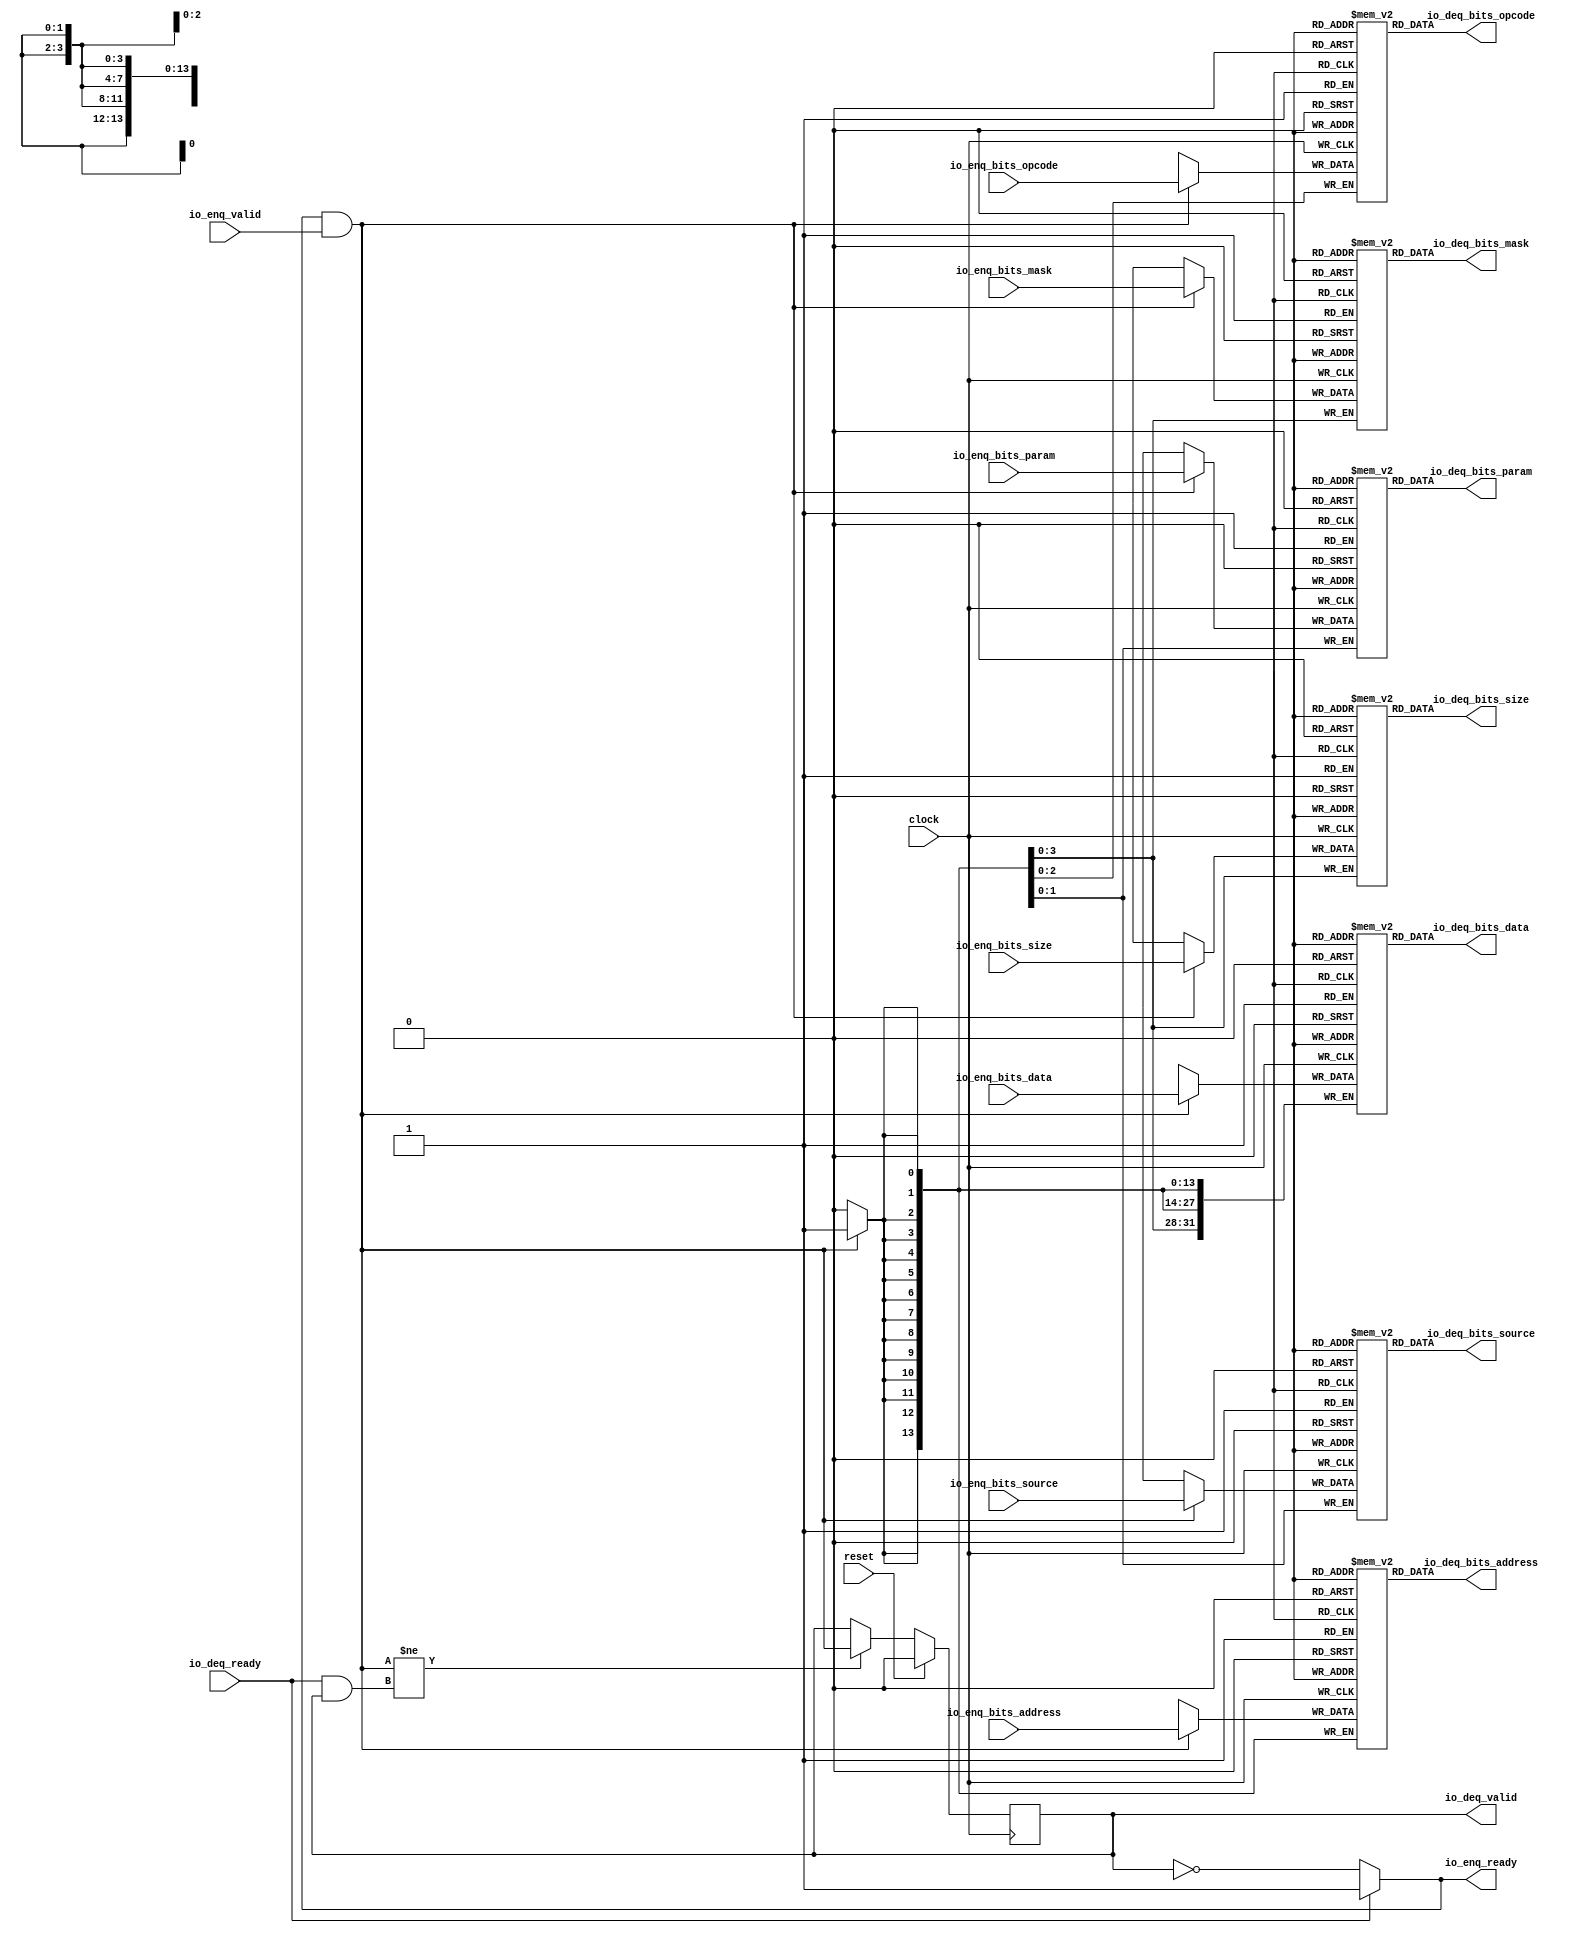
// Copyright (c) 2017, Microsemi Corporation
// All rights reserved.
//
// Redistribution and use in source and binary forms, with or without
// modification, are permitted provided that the following conditions are met:
//     * Redistributions of source code must retain the above copyright
//       notice, this list of conditions and the following disclaimer.
//     * Redistributions in binary form must reproduce the above copyright
//       notice, this list of conditions and the following disclaimer in the
//       documentation and/or other materials provided with the distribution.
//     * Neither the name of the <organization> nor the
//       names of its contributors may be used to endorse or promote products
//       derived from this software without specific prior written permission.
//
// THIS SOFTWARE IS PROVIDED BY THE COPYRIGHT HOLDERS AND CONTRIBUTORS "AS IS" AND
// ANY EXPRESS OR IMPLIED WARRANTIES, INCLUDING, BUT NOT LIMITED TO, THE IMPLIED
// WARRANTIES OF MERCHANTABILITY AND FITNESS FOR A PARTICULAR PURPOSE ARE
// DISCLAIMED. IN NO EVENT SHALL MICROSEMI CORPORATIONM BE LIABLE FOR ANY
// DIRECT, INDIRECT, INCIDENTAL, SPECIAL, EXEMPLARY, OR CONSEQUENTIAL DAMAGES
// (INCLUDING, BUT NOT LIMITED TO, PROCUREMENT OF SUBSTITUTE GOODS OR SERVICES;
// LOSS OF USE, DATA, OR PROFITS; OR BUSINESS INTERRUPTION) HOWEVER CAUSED AND
// ON ANY THEORY OF LIABILITY, WHETHER IN CONTRACT, STRICT LIABILITY, OR TORT
// (INCLUDING NEGLIGENCE OR OTHERWISE) ARISING IN ANY WAY OUT OF THE USE OF THIS
// SOFTWARE, EVEN IF ADVISED OF THE POSSIBILITY OF SUCH DAMAGE.
//
// APACHE LICENSE
// Copyright (c) 2017, Microsemi Corporation 
//
// Licensed under the Apache License, Version 2.0 (the "License");
// you may not use this file except in compliance with the License.
// You may obtain a copy of the License at
//
//    http://www.apache.org/licenses/LICENSE-2.0
//
// Unless required by applicable law or agreed to in writing, software
// distributed under the License is distributed on an "AS IS" BASIS,
// WITHOUT WARRANTIES OR CONDITIONS OF ANY KIND, either express or implied.
// See the License for the specific language governing permissions and
// limitations under the License.
//
// Description:
//
// SVN Revision Information:
// SVN $Revision: $
// SVN $Date: $
//
// Resolved SARs
// SAR      Date     Who   Description
//
// Notes:
//
// ****************************************************************************/
`define RANDOMIZE
`timescale 1ns/10ps
module MIV_RV32IMA_MIV_RV32IMA_0_MIV_RV32IMA_L1_AHB_QUEUE_25(
  input         clock,
  input         reset,
  output        io_enq_ready,
  input         io_enq_valid,
  input  [2:0]  io_enq_bits_opcode,
  input  [1:0]  io_enq_bits_param,
  input  [3:0]  io_enq_bits_size,
  input  [1:0]  io_enq_bits_source,
  input  [13:0] io_enq_bits_address,
  input  [3:0]  io_enq_bits_mask,
  input  [31:0] io_enq_bits_data,
  input         io_deq_ready,
  output        io_deq_valid,
  output [2:0]  io_deq_bits_opcode,
  output [1:0]  io_deq_bits_param,
  output [3:0]  io_deq_bits_size,
  output [1:0]  io_deq_bits_source,
  output [13:0] io_deq_bits_address,
  output [3:0]  io_deq_bits_mask,
  output [31:0] io_deq_bits_data
);
  reg [2:0] ram_opcode [0:0] /* synthesis syn_ramstyle = "registers" */;
  reg [31:0] _RAND_0;
  wire [2:0] ram_opcode__T_35_data;
  wire  ram_opcode__T_35_addr;
  wire [2:0] ram_opcode__T_26_data;
  wire  ram_opcode__T_26_addr;
  wire  ram_opcode__T_26_mask;
  wire  ram_opcode__T_26_en;
  reg [1:0] ram_param [0:0] /* synthesis syn_ramstyle = "registers" */;
  reg [31:0] _RAND_1;
  wire [1:0] ram_param__T_35_data;
  wire  ram_param__T_35_addr;
  wire [1:0] ram_param__T_26_data;
  wire  ram_param__T_26_addr;
  wire  ram_param__T_26_mask;
  wire  ram_param__T_26_en;
  reg [3:0] ram_size [0:0] /* synthesis syn_ramstyle = "registers" */;
  reg [31:0] _RAND_2;
  wire [3:0] ram_size__T_35_data;
  wire  ram_size__T_35_addr;
  wire [3:0] ram_size__T_26_data;
  wire  ram_size__T_26_addr;
  wire  ram_size__T_26_mask;
  wire  ram_size__T_26_en;
  reg [1:0] ram_source [0:0] /* synthesis syn_ramstyle = "registers" */;
  reg [31:0] _RAND_3;
  wire [1:0] ram_source__T_35_data;
  wire  ram_source__T_35_addr;
  wire [1:0] ram_source__T_26_data;
  wire  ram_source__T_26_addr;
  wire  ram_source__T_26_mask;
  wire  ram_source__T_26_en;
  reg [13:0] ram_address [0:0] /* synthesis syn_ramstyle = "registers" */;
  reg [31:0] _RAND_4;
  wire [13:0] ram_address__T_35_data;
  wire  ram_address__T_35_addr;
  wire [13:0] ram_address__T_26_data;
  wire  ram_address__T_26_addr;
  wire  ram_address__T_26_mask;
  wire  ram_address__T_26_en;
  reg [3:0] ram_mask [0:0] /* synthesis syn_ramstyle = "registers" */;
  reg [31:0] _RAND_5;
  wire [3:0] ram_mask__T_35_data;
  wire  ram_mask__T_35_addr;
  wire [3:0] ram_mask__T_26_data;
  wire  ram_mask__T_26_addr;
  wire  ram_mask__T_26_mask;
  wire  ram_mask__T_26_en;
  reg [31:0] ram_data [0:0] /* synthesis syn_ramstyle = "registers" */;
  reg [31:0] _RAND_6;
  wire [31:0] ram_data__T_35_data;
  wire  ram_data__T_35_addr;
  wire [31:0] ram_data__T_26_data;
  wire  ram_data__T_26_addr;
  wire  ram_data__T_26_mask;
  wire  ram_data__T_26_en;
  reg  maybe_full;
  reg [31:0] _RAND_7;
  wire  _T_18;
  wire  _T_21;
  wire  _T_23;
  wire  _T_29;
  wire  _GEN_10;
  wire  _T_31;
  wire  _GEN_11;
  assign io_enq_ready = _GEN_11;
  assign io_deq_valid = _T_31;
  assign io_deq_bits_opcode = ram_opcode__T_35_data;
  assign io_deq_bits_param = ram_param__T_35_data;
  assign io_deq_bits_size = ram_size__T_35_data;
  assign io_deq_bits_source = ram_source__T_35_data;
  assign io_deq_bits_address = ram_address__T_35_data;
  assign io_deq_bits_mask = ram_mask__T_35_data;
  assign io_deq_bits_data = ram_data__T_35_data;
  assign ram_opcode__T_35_addr = 1'h0;
  assign ram_opcode__T_35_data = ram_opcode[ram_opcode__T_35_addr];
  assign ram_opcode__T_26_data = io_enq_bits_opcode;
  assign ram_opcode__T_26_addr = 1'h0;
  assign ram_opcode__T_26_mask = _T_21;
  assign ram_opcode__T_26_en = _T_21;
  assign ram_param__T_35_addr = 1'h0;
  assign ram_param__T_35_data = ram_param[ram_param__T_35_addr];
  assign ram_param__T_26_data = io_enq_bits_param;
  assign ram_param__T_26_addr = 1'h0;
  assign ram_param__T_26_mask = _T_21;
  assign ram_param__T_26_en = _T_21;
  assign ram_size__T_35_addr = 1'h0;
  assign ram_size__T_35_data = ram_size[ram_size__T_35_addr];
  assign ram_size__T_26_data = io_enq_bits_size;
  assign ram_size__T_26_addr = 1'h0;
  assign ram_size__T_26_mask = _T_21;
  assign ram_size__T_26_en = _T_21;
  assign ram_source__T_35_addr = 1'h0;
  assign ram_source__T_35_data = ram_source[ram_source__T_35_addr];
  assign ram_source__T_26_data = io_enq_bits_source;
  assign ram_source__T_26_addr = 1'h0;
  assign ram_source__T_26_mask = _T_21;
  assign ram_source__T_26_en = _T_21;
  assign ram_address__T_35_addr = 1'h0;
  assign ram_address__T_35_data = ram_address[ram_address__T_35_addr];
  assign ram_address__T_26_data = io_enq_bits_address;
  assign ram_address__T_26_addr = 1'h0;
  assign ram_address__T_26_mask = _T_21;
  assign ram_address__T_26_en = _T_21;
  assign ram_mask__T_35_addr = 1'h0;
  assign ram_mask__T_35_data = ram_mask[ram_mask__T_35_addr];
  assign ram_mask__T_26_data = io_enq_bits_mask;
  assign ram_mask__T_26_addr = 1'h0;
  assign ram_mask__T_26_mask = _T_21;
  assign ram_mask__T_26_en = _T_21;
  assign ram_data__T_35_addr = 1'h0;
  assign ram_data__T_35_data = ram_data[ram_data__T_35_addr];
  assign ram_data__T_26_data = io_enq_bits_data;
  assign ram_data__T_26_addr = 1'h0;
  assign ram_data__T_26_mask = _T_21;
  assign ram_data__T_26_en = _T_21;
  assign _T_18 = maybe_full == 1'h0;
  assign _T_21 = io_enq_ready & io_enq_valid;
  assign _T_23 = io_deq_ready & io_deq_valid;
  assign _T_29 = _T_21 != _T_23;
  assign _GEN_10 = _T_29 ? _T_21 : maybe_full;
  assign _T_31 = _T_18 == 1'h0;
  assign _GEN_11 = io_deq_ready ? 1'h1 : _T_18;
`ifdef RANDOMIZE
  integer initvar;
  initial begin
    `ifndef verilator
      #0.002 begin end
    `endif
  _RAND_0 = {1{$random}};
  `ifdef RANDOMIZE_MEM_INIT
  for (initvar = 0; initvar < 1; initvar = initvar+1)
    ram_opcode[initvar] = _RAND_0[2:0];
  `endif // RANDOMIZE_MEM_INIT
  _RAND_1 = {1{$random}};
  `ifdef RANDOMIZE_MEM_INIT
  for (initvar = 0; initvar < 1; initvar = initvar+1)
    ram_param[initvar] = _RAND_1[1:0];
  `endif // RANDOMIZE_MEM_INIT
  _RAND_2 = {1{$random}};
  `ifdef RANDOMIZE_MEM_INIT
  for (initvar = 0; initvar < 1; initvar = initvar+1)
    ram_size[initvar] = _RAND_2[3:0];
  `endif // RANDOMIZE_MEM_INIT
  _RAND_3 = {1{$random}};
  `ifdef RANDOMIZE_MEM_INIT
  for (initvar = 0; initvar < 1; initvar = initvar+1)
    ram_source[initvar] = _RAND_3[1:0];
  `endif // RANDOMIZE_MEM_INIT
  _RAND_4 = {1{$random}};
  `ifdef RANDOMIZE_MEM_INIT
  for (initvar = 0; initvar < 1; initvar = initvar+1)
    ram_address[initvar] = _RAND_4[13:0];
  `endif // RANDOMIZE_MEM_INIT
  _RAND_5 = {1{$random}};
  `ifdef RANDOMIZE_MEM_INIT
  for (initvar = 0; initvar < 1; initvar = initvar+1)
    ram_mask[initvar] = _RAND_5[3:0];
  `endif // RANDOMIZE_MEM_INIT
  _RAND_6 = {1{$random}};
  `ifdef RANDOMIZE_MEM_INIT
  for (initvar = 0; initvar < 1; initvar = initvar+1)
    ram_data[initvar] = _RAND_6[31:0];
  `endif // RANDOMIZE_MEM_INIT
  `ifdef RANDOMIZE_REG_INIT
  _RAND_7 = {1{$random}};
  maybe_full = _RAND_7[0:0];
  `endif // RANDOMIZE_REG_INIT
  end
`endif // RANDOMIZE
  always @(posedge clock) begin
    if(ram_opcode__T_26_en & ram_opcode__T_26_mask) begin
      ram_opcode[ram_opcode__T_26_addr] <= ram_opcode__T_26_data;
    end
    if(ram_param__T_26_en & ram_param__T_26_mask) begin
      ram_param[ram_param__T_26_addr] <= ram_param__T_26_data;
    end
    if(ram_size__T_26_en & ram_size__T_26_mask) begin
      ram_size[ram_size__T_26_addr] <= ram_size__T_26_data;
    end
    if(ram_source__T_26_en & ram_source__T_26_mask) begin
      ram_source[ram_source__T_26_addr] <= ram_source__T_26_data;
    end
    if(ram_address__T_26_en & ram_address__T_26_mask) begin
      ram_address[ram_address__T_26_addr] <= ram_address__T_26_data;
    end
    if(ram_mask__T_26_en & ram_mask__T_26_mask) begin
      ram_mask[ram_mask__T_26_addr] <= ram_mask__T_26_data;
    end
    if(ram_data__T_26_en & ram_data__T_26_mask) begin
      ram_data[ram_data__T_26_addr] <= ram_data__T_26_data;
    end
    if (reset) begin
      maybe_full <= 1'h0;
    end else begin
      if (_T_29) begin
        maybe_full <= _T_21;
      end
    end
  end
endmodule